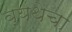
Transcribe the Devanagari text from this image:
व्यथेचा